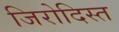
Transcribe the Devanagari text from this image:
जिरोदिस्त